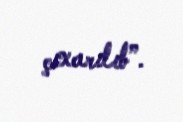
çıxarılıb”.